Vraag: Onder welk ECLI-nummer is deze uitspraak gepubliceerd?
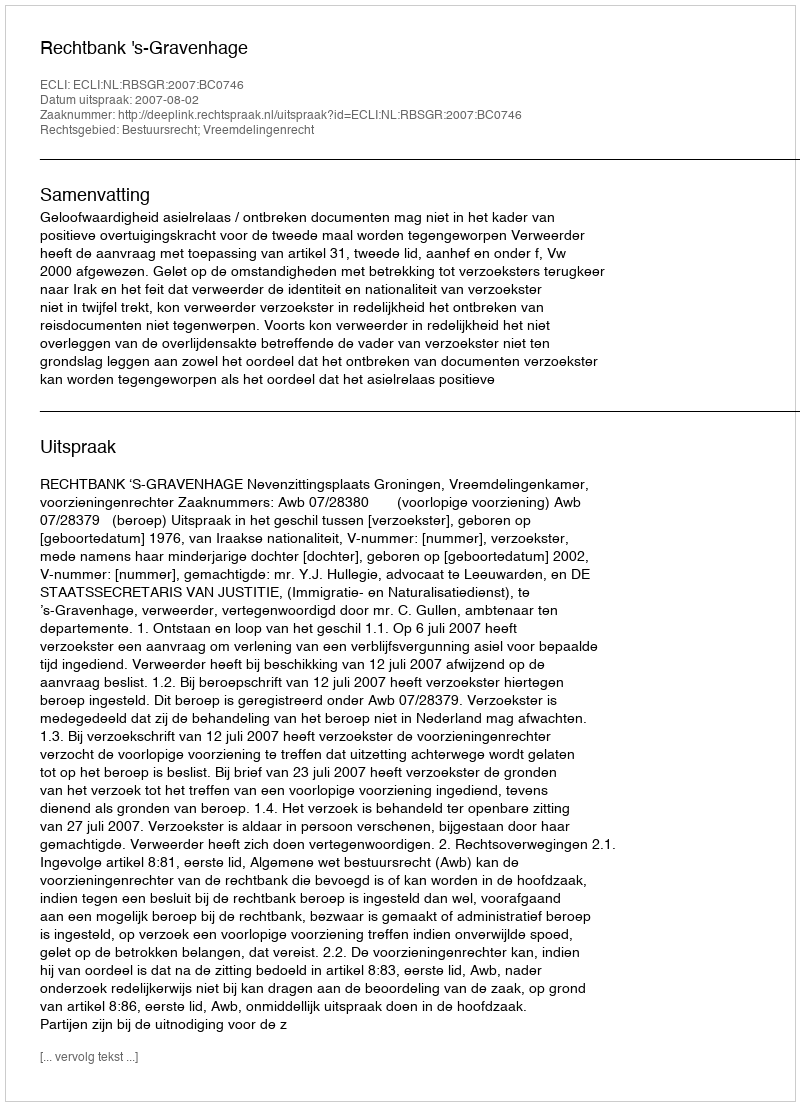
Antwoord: ECLI:NL:RBSGR:2007:BC0746